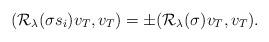
LaTeX: \begin{align*}(\mathcal{R}_\lambda(\sigma s_i) v_T,v_T)=\pm (\mathcal{R}_\lambda(\sigma) v_T,v_T).\end{align*}